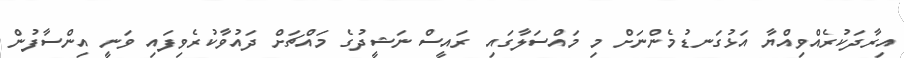
އިރާދަކުރެއްވިއްޔާ އަޅުގަނޑުމެންނަށް މި މައްސަލާގައި ރައީސް ނަޝީދުގެ މައްޗަށް ދައުވާކުރެވިފައި ވަނީ އިންސާފުން